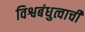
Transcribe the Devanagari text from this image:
विश्वबंधुत्वाची